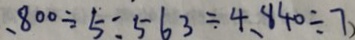
、 8 0 0 \div 5 : 5 6 3 \div 4 、 8 4 0 \div 7